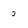
Character: 2